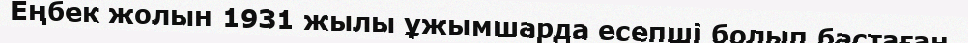
Еңбек жолын 1931 жылы ұжымшарда есепші болып бастаған.